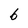
Character: b